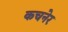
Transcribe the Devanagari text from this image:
कचनेर